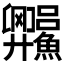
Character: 𬵼